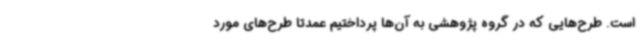
است. طرح‌هایی که در گروه پژوهشی به آن‌ها پرداختیم عمدتا طرح‌های مورد